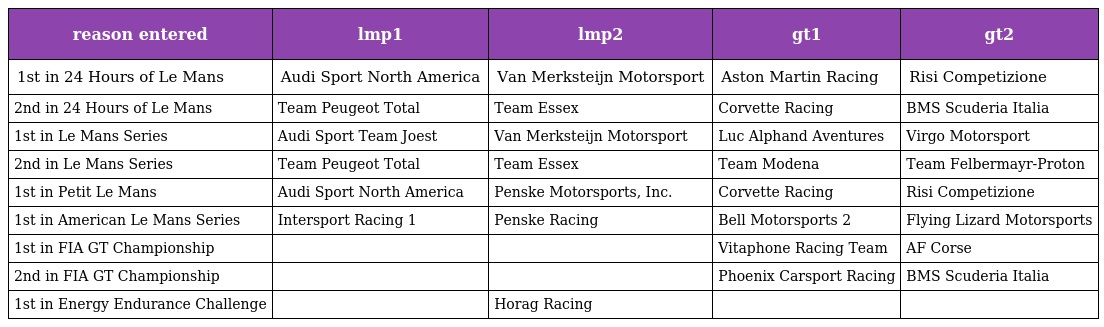
| reason entered | lmp1 | lmp2 | gt1 | gt2 |
 | --- | --- | --- | --- | --- |
 | 1st in 24 Hours of Le Mans | Audi Sport North America | Van Merksteijn Motorsport | Aston Martin Racing | Risi Competizione |
 | 2nd in 24 Hours of Le Mans | Team Peugeot Total | Team Essex | Corvette Racing | BMS Scuderia Italia |
 | 1st in Le Mans Series | Audi Sport Team Joest | Van Merksteijn Motorsport | Luc Alphand Aventures | Virgo Motorsport |
 | 2nd in Le Mans Series | Team Peugeot Total | Team Essex | Team Modena | Team Felbermayr-Proton |
 | 1st in Petit Le Mans | Audi Sport North America | Penske Motorsports, Inc. | Corvette Racing | Risi Competizione |
 | 1st in American Le Mans Series | Intersport Racing 1 | Penske Racing | Bell Motorsports 2 | Flying Lizard Motorsports |
 | 1st in FIA GT Championship |  |  | Vitaphone Racing Team | AF Corse |
 | 2nd in FIA GT Championship |  |  | Phoenix Carsport Racing | BMS Scuderia Italia |
 | 1st in Energy Endurance Challenge |  | Horag Racing |  |  |